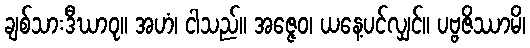
ချစ်သားဒီဃာဝု။ အဟံ၊ ငါသည်။ အဇ္ဇေဝ၊ ယနေ့ပင်လျှင်။ ပဗ္ဗဇိဿာမိ၊